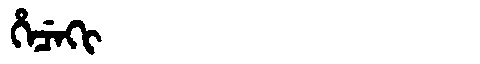
Manchu: ᡥᡝᠴᡝᡴᡳ
Romanization: HECEKI